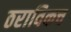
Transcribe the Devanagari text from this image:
ठराविकच